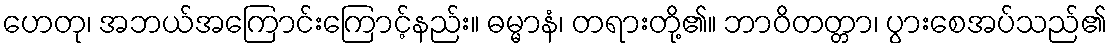
ဟေတု၊ အဘယ်အကြောင်းကြောင့်နည်း။ ဓမ္မာနံ၊ တရားတို့၏။ ဘာဝိတတ္တာ၊ ပွားစေအပ်သည်၏